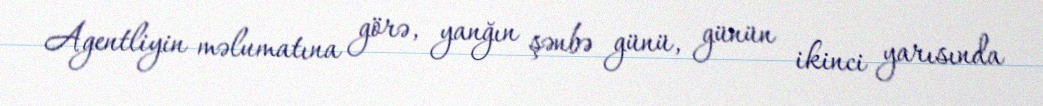
Agentliyin məlumatına görə, yanğın şənbə günü, günün ikinci yarısında